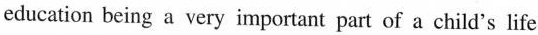
education being a very important part of a child's life